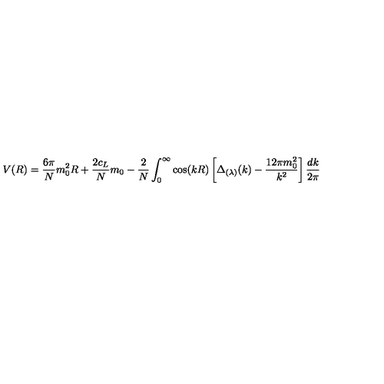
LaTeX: V ( R ) = \frac { 6 \pi } N m _ { 0 } ^ { 2 } R + \frac { 2 c _ { L } } N m _ { 0 } - \frac 2 N \int _ { 0 } ^ { \infty } \cos ( k R ) \left[ \Delta _ { ( \lambda ) } ( k ) - \frac { 1 2 \pi m _ { 0 } ^ { 2 } } { k ^ { 2 } } \right] \frac { d k } { 2 \pi }